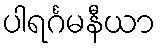
ပါရင်္ဂမနီယာ